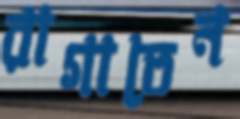
রাগাতেন